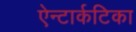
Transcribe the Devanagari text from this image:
ऐन्टार्कटिका